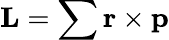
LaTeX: \mathbf{L}=\sum\mathbf{r}\times\mathbf{p}